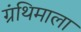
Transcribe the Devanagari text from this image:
ग्रंथिमाला